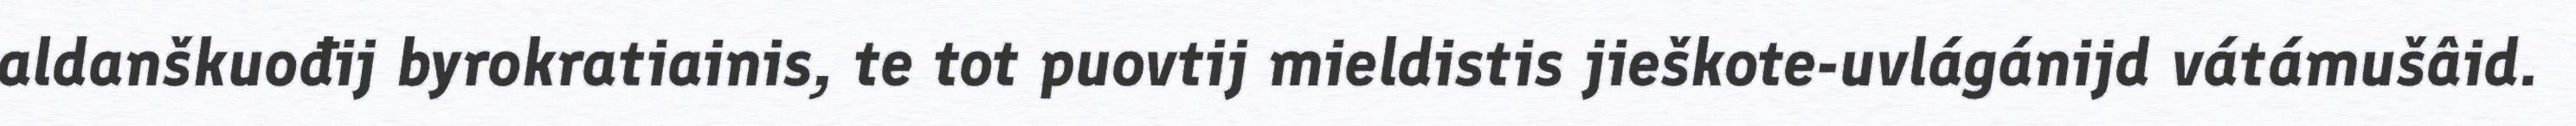
aldanškuođij byrokratiainis, te tot puovtij mieldistis jieškote-uvlágánijd vátámušâid.